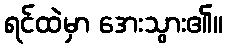
ရင်ထဲမှာ အေးသွား၏။